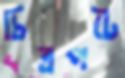
চিত্রপটে